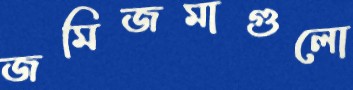
জমিজমাগুলো